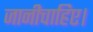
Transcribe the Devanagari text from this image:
जानीचाहिए।